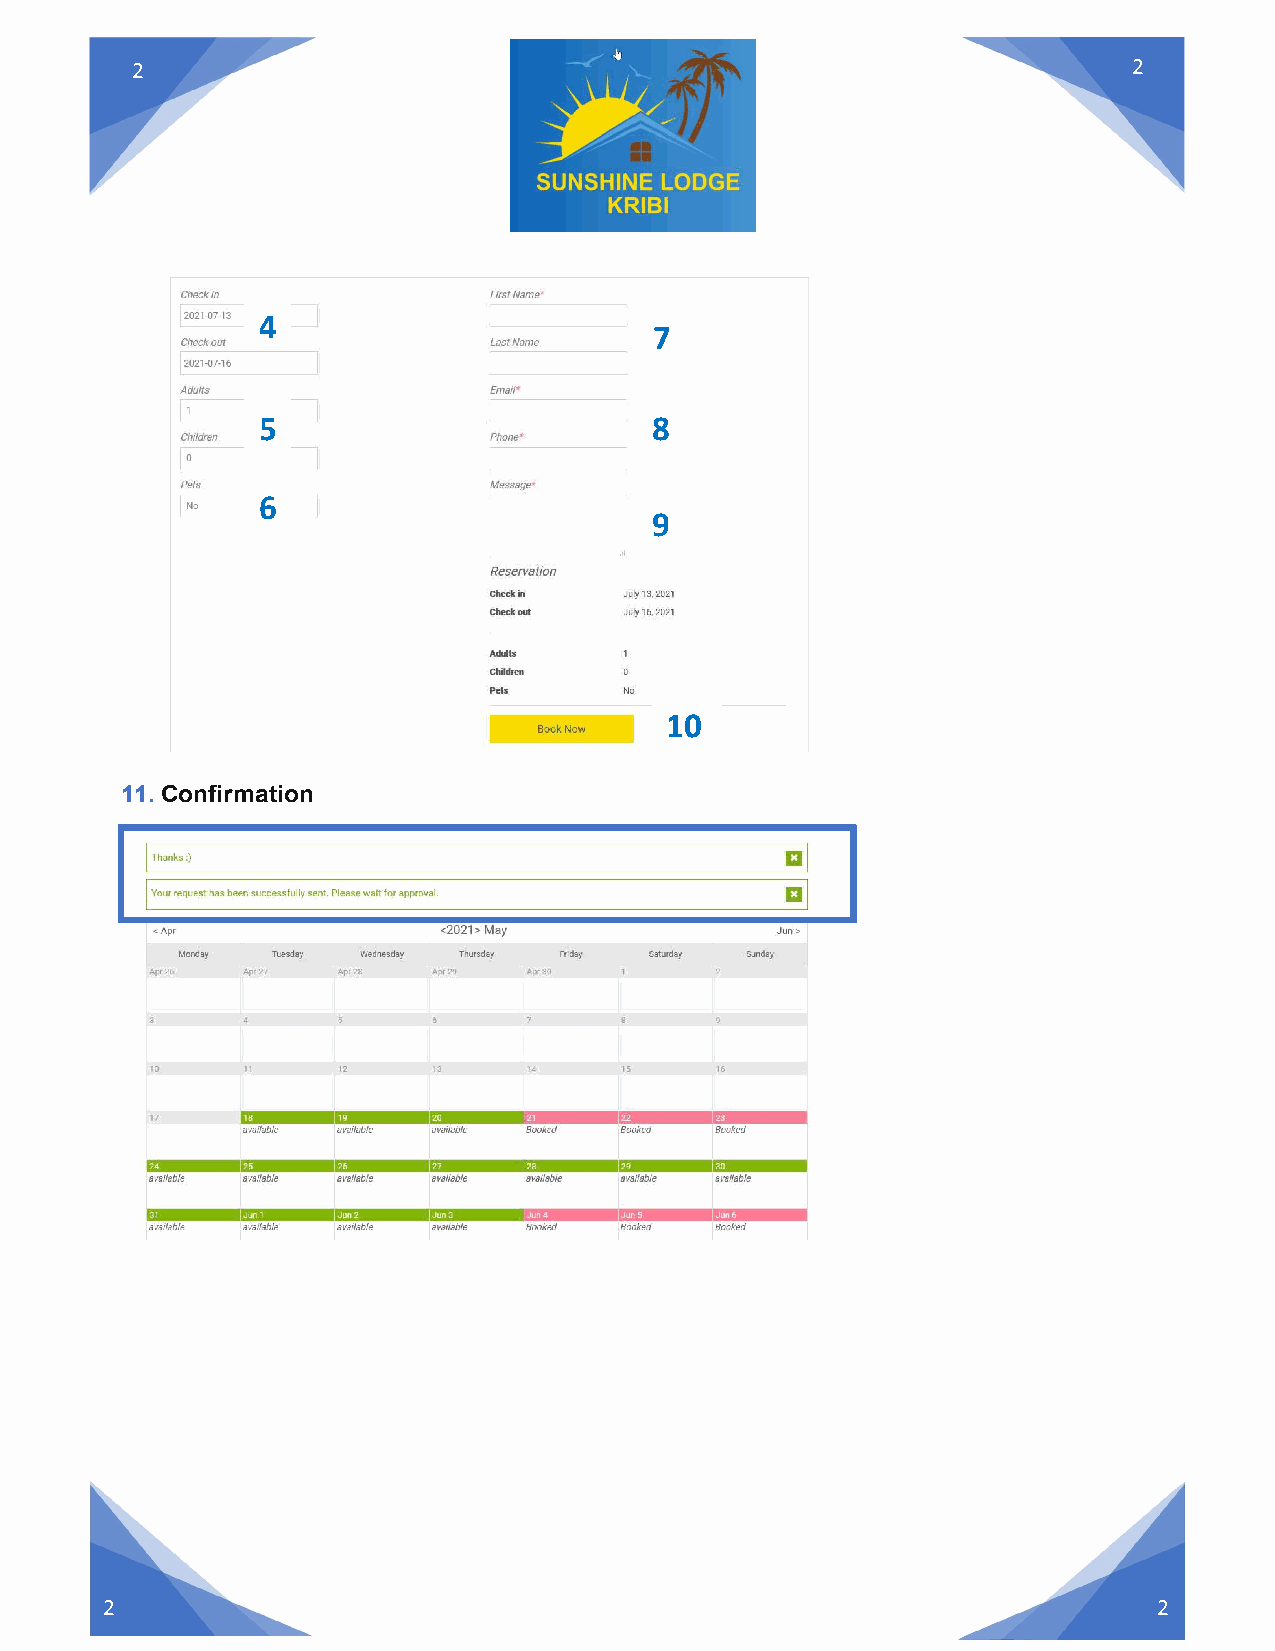
2                                                                 2
 4
 7
 5                         8
 6
 9
 10
 11. Confirmation
 2                                                                     2